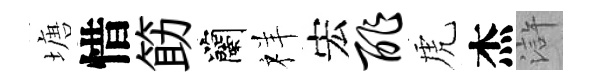
塘惜筯蘭祥宏酢虎杰滸